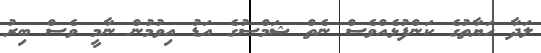
ލަދާ ހަޔާތުގެ ކަންފުޅެއްވެސް ނެތް ޝަމްސުގެ އަޑު އިވުމުން ނާމީ ވެސް ބިރު